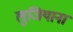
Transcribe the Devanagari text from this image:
लुजियाना